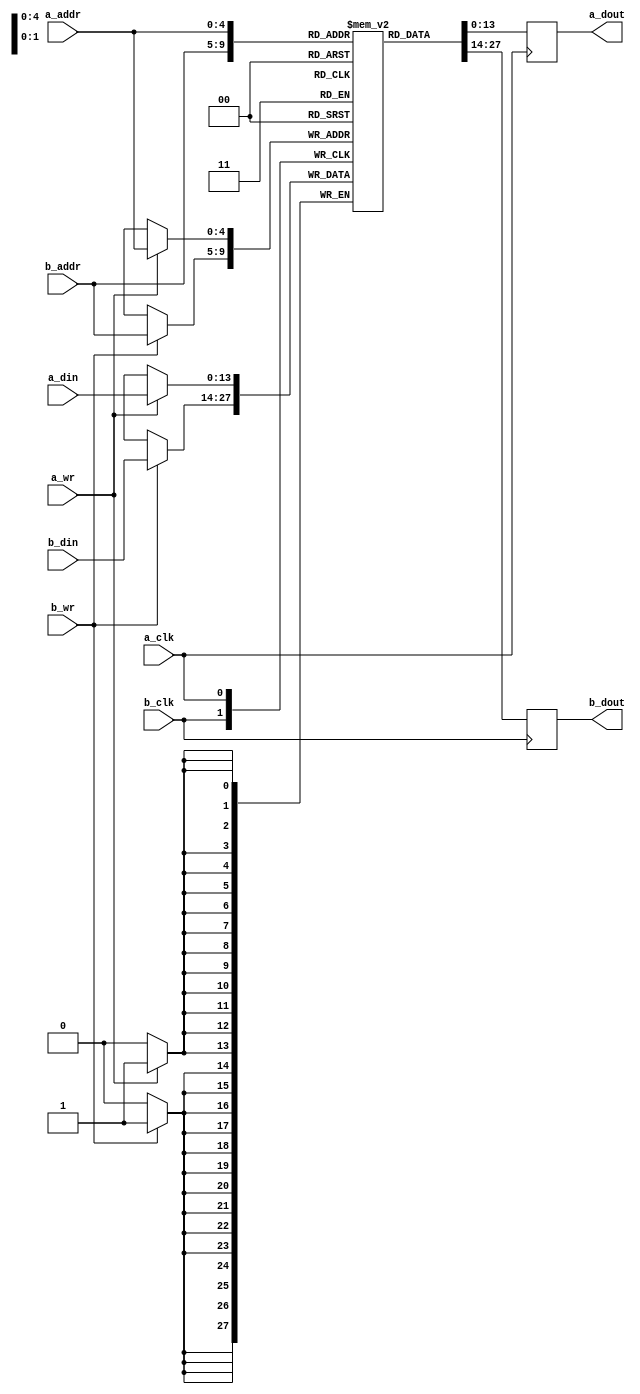
module tdp_ram_14_5
  (input  a_clk,
   input  a_wr,
   input  [4:0] a_addr,
   input  [13:0] a_din,
   input  b_clk,
   input  b_wr,
   input  [4:0] b_addr,
   input  [13:0] b_din,
   output [13:0] a_dout,
   output [13:0] b_dout);
  reg [13:0] n200_data; // mem_rd
  reg [13:0] n203_data; // mem_rd
  assign a_dout = n203_data;
  assign b_dout = n200_data;
  /* mem/tdp_ram.vhd:57:5  */
  reg [13:0] mem[31:0] ; // memory
  initial begin
    mem[31] = 14'b00000000000000;
    mem[30] = 14'b00000000000000;
    mem[29] = 14'b00000000000000;
    mem[28] = 14'b00000000000000;
    mem[27] = 14'b00000000000000;
    mem[26] = 14'b00000000000000;
    mem[25] = 14'b00000000000000;
    mem[24] = 14'b00000000000000;
    mem[23] = 14'b00000000000000;
    mem[22] = 14'b00000000000000;
    mem[21] = 14'b00000000000000;
    mem[20] = 14'b00000000000000;
    mem[19] = 14'b00000000000000;
    mem[18] = 14'b00000000000000;
    mem[17] = 14'b00000000000000;
    mem[16] = 14'b00000000000000;
    mem[15] = 14'b00000000000000;
    mem[14] = 14'b00000000000000;
    mem[13] = 14'b00000000000000;
    mem[12] = 14'b00000000000000;
    mem[11] = 14'b00000000000000;
    mem[10] = 14'b00000000000000;
    mem[9] = 14'b00000000000000;
    mem[8] = 14'b00000000000000;
    mem[7] = 14'b00000000000000;
    mem[6] = 14'b00000000000000;
    mem[5] = 14'b00000000000000;
    mem[4] = 14'b00000000000000;
    mem[3] = 14'b00000000000000;
    mem[2] = 14'b00000000000000;
    mem[1] = 14'b00000000000000;
    mem[0] = 14'b00000000000000;
    end
  always @(posedge b_clk)
    if (b_wr)
      mem[b_addr] <= b_din;
  always @(posedge b_clk)
    if (1'b1)
      n200_data <= mem[b_addr];
  always @(posedge a_clk)
    if (a_wr)
      mem[a_addr] <= a_din;
  always @(posedge a_clk)
    if (1'b1)
      n203_data <= mem[a_addr];
  /* mem/tdp_ram.vhd:104:17  */
  /* mem/tdp_ram.vhd:88:17  */
  /* mem/tdp_ram.vhd:103:9  */
endmodule

module irq_fifo
  (input  clk,
   input  reset,
   input  [13:0] config_addr,
   input  config_en,
   input  config_wr,
   input  [31:0] config_wdata,
   input  sel,
   input  irq_data_fifo_data_valid,
   input  irq_irq_fifo_data_valid,
   input  [13:0] irq_data_fifo_data,
   output [31:0] config_slv_rdata,
   output config_slv_error,
   output irq_irq_sig,
   output irq_data_sig);
  wire [47:0] n0_o;
  wire [31:0] n2_o;
  wire n3_o;
  wire irq_not_empty;
  wire data_not_empty;
  wire next_error;
  wire irq_read;
  wire data_read;
  wire irq_not_full;
  wire data_not_full;
  wire [4:0] data_w_ptr;
  wire [4:0] data_r_ptr;
  wire [4:0] irq_w_ptr;
  wire [4:0] irq_r_ptr;
  wire [4:0] w_ptr;
  wire [4:0] r_ptr;
  wire [13:0] w_data;
  wire n8_o;
  wire n9_o;
  wire n12_o;
  wire n13_o;
  wire [4:0] n17_o;
  wire n18_o;
  wire n20_o;
  wire n22_o;
  wire n23_o;
  wire n24_o;
  wire n25_o;
  wire [4:0] n29_o;
  wire n30_o;
  wire n32_o;
  wire n34_o;
  wire n35_o;
  wire n36_o;
  wire n37_o;
  wire n39_o;
  wire [4:0] n40_o;
  wire n43_o;
  wire n44_o;
  wire n45_o;
  wire n46_o;
  wire [10:0] n47_o;
  wire n49_o;
  wire n51_o;
  wire [1:0] n52_o;
  reg n55_o;
  reg n58_o;
  reg n61_o;
  reg [4:0] n62_o;
  wire n64_o;
  wire n66_o;
  wire n68_o;
  wire [4:0] n69_o;
  wire n71_o;
  wire n74_o;
  wire n77_o;
  wire n79_o;
  wire n81_o;
  wire n82_o;
  wire n83_o;
  localparam n85_o = 1'b0;
  localparam [13:0] n86_o = 14'b00000000000000;
  wire [13:0] tdpram_n87;
  wire [13:0] tdpram_a_dout;
  wire [13:0] tdpram_b_dout;
  wire n94_o;
  wire n96_o;
  wire [4:0] n98_o;
  wire [4:0] n100_o;
  wire [4:0] n101_o;
  wire [4:0] n103_o;
  reg [4:0] n106_q;
  wire n110_o;
  wire n112_o;
  wire [4:0] n114_o;
  wire [4:0] n116_o;
  wire [4:0] n117_o;
  wire [4:0] n119_o;
  reg [4:0] n122_q;
  wire n126_o;
  wire n128_o;
  wire [4:0] n130_o;
  wire [4:0] n132_o;
  wire [4:0] n133_o;
  wire [4:0] n135_o;
  reg [4:0] n138_q;
  wire n142_o;
  wire n144_o;
  wire [4:0] n146_o;
  wire [4:0] n148_o;
  wire [4:0] n149_o;
  wire [4:0] n151_o;
  reg [4:0] n154_q;
  wire n159_o;
  reg n163_q;
  wire [32:0] n164_o;
  assign config_slv_rdata = n2_o;
  assign config_slv_error = n3_o;
  assign irq_irq_sig = irq_not_empty;
  assign irq_data_sig = data_not_empty;
  assign n0_o = {config_wdata, config_wr, config_en, config_addr};
  assign n2_o = n164_o[31:0];
  assign n3_o = n164_o[32];
  /* ni/irq_fifo.vhd:94:16  */
  assign irq_not_empty = n9_o; // (signal)
  /* ni/irq_fifo.vhd:94:31  */
  assign data_not_empty = n13_o; // (signal)
  /* ni/irq_fifo.vhd:94:47  */
  assign next_error = n71_o; // (signal)
  /* ni/irq_fifo.vhd:94:59  */
  assign irq_read = n74_o; // (signal)
  /* ni/irq_fifo.vhd:94:69  */
  assign data_read = n77_o; // (signal)
  /* ni/irq_fifo.vhd:94:80  */
  assign irq_not_full = n25_o; // (signal)
  /* ni/irq_fifo.vhd:94:94  */
  assign data_not_full = n37_o; // (signal)
  /* ni/irq_fifo.vhd:95:16  */
  assign data_w_ptr = n122_q; // (signal)
  /* ni/irq_fifo.vhd:95:28  */
  assign data_r_ptr = n154_q; // (signal)
  /* ni/irq_fifo.vhd:95:40  */
  assign irq_w_ptr = n106_q; // (signal)
  /* ni/irq_fifo.vhd:95:51  */
  assign irq_r_ptr = n138_q; // (signal)
  /* ni/irq_fifo.vhd:95:62  */
  assign w_ptr = n40_o; // (signal)
  /* ni/irq_fifo.vhd:95:69  */
  assign r_ptr = n69_o; // (signal)
  /* ni/irq_fifo.vhd:96:16  */
  assign w_data = irq_data_fifo_data; // (signal)
  /* ni/irq_fifo.vhd:106:46  */
  assign n8_o = irq_w_ptr == irq_r_ptr;
  /* ni/irq_fifo.vhd:106:31  */
  assign n9_o = n8_o ? 1'b0 : 1'b1;
  /* ni/irq_fifo.vhd:107:47  */
  assign n12_o = data_w_ptr == data_r_ptr;
  /* ni/irq_fifo.vhd:107:31  */
  assign n13_o = n12_o ? 1'b0 : 1'b1;
  /* ni/irq_fifo.vhd:109:59  */
  assign n17_o = irq_r_ptr - 5'b00001;
  /* ni/irq_fifo.vhd:109:47  */
  assign n18_o = irq_w_ptr == n17_o;
  /* ni/irq_fifo.vhd:109:78  */
  assign n20_o = irq_w_ptr == 5'b01111;
  /* ni/irq_fifo.vhd:109:146  */
  assign n22_o = irq_r_ptr == 5'b00000;
  /* ni/irq_fifo.vhd:109:132  */
  assign n23_o = n20_o & n22_o;
  /* ni/irq_fifo.vhd:109:64  */
  assign n24_o = n18_o | n23_o;
  /* ni/irq_fifo.vhd:109:30  */
  assign n25_o = n24_o ? 1'b0 : 1'b1;
  /* ni/irq_fifo.vhd:110:61  */
  assign n29_o = data_r_ptr + 5'b00001;
  /* ni/irq_fifo.vhd:110:48  */
  assign n30_o = data_w_ptr == n29_o;
  /* ni/irq_fifo.vhd:110:81  */
  assign n32_o = data_w_ptr == 5'b10000;
  /* ni/irq_fifo.vhd:110:151  */
  assign n34_o = data_r_ptr == 5'b11111;
  /* ni/irq_fifo.vhd:110:136  */
  assign n35_o = n32_o & n34_o;
  /* ni/irq_fifo.vhd:110:66  */
  assign n36_o = n30_o | n35_o;
  /* ni/irq_fifo.vhd:110:30  */
  assign n37_o = n36_o ? 1'b0 : 1'b1;
  /* ni/irq_fifo.vhd:113:59  */
  assign n39_o = ~irq_data_fifo_data_valid;
  /* ni/irq_fifo.vhd:113:29  */
  assign n40_o = n39_o ? irq_w_ptr : data_w_ptr;
  /* ni/irq_fifo.vhd:123:42  */
  assign n43_o = n0_o[14];
  /* ni/irq_fifo.vhd:123:31  */
  assign n44_o = sel & n43_o;
  /* ni/irq_fifo.vhd:125:35  */
  assign n45_o = n0_o[15];
  /* ni/irq_fifo.vhd:125:38  */
  assign n46_o = ~n45_o;
  /* ni/irq_fifo.vhd:126:50  */
  assign n47_o = n0_o[10:0];
  /* ni/irq_fifo.vhd:128:11  */
  assign n49_o = n47_o == 11'b00000000000;
  /* ni/irq_fifo.vhd:132:11  */
  assign n51_o = n47_o == 11'b00000000001;
  assign n52_o = {n51_o, n49_o};
  /* ni/irq_fifo.vhd:126:33  */
  always @*
    case (n52_o)
      2'b10: n55_o <= 1'b0;
      2'b01: n55_o <= 1'b0;
      default: n55_o <= 1'b1;
    endcase
  /* ni/irq_fifo.vhd:126:33  */
  always @*
    case (n52_o)
      2'b10: n58_o <= 1'b0;
      2'b01: n58_o <= 1'b1;
      default: n58_o <= 1'b0;
    endcase
  /* ni/irq_fifo.vhd:126:33  */
  always @*
    case (n52_o)
      2'b10: n61_o <= 1'b1;
      2'b01: n61_o <= 1'b0;
      default: n61_o <= 1'b0;
    endcase
  /* ni/irq_fifo.vhd:126:33  */
  always @*
    case (n52_o)
      2'b10: n62_o <= data_r_ptr;
      2'b01: n62_o <= irq_r_ptr;
      default: n62_o <= data_r_ptr;
    endcase
  /* ni/irq_fifo.vhd:125:25  */
  assign n64_o = n46_o ? n55_o : 1'b1;
  /* ni/irq_fifo.vhd:125:25  */
  assign n66_o = n46_o ? n58_o : 1'b0;
  /* ni/irq_fifo.vhd:125:25  */
  assign n68_o = n46_o ? n61_o : 1'b0;
  /* ni/irq_fifo.vhd:123:17  */
  assign n69_o = n79_o ? n62_o : data_r_ptr;
  /* ni/irq_fifo.vhd:123:17  */
  assign n71_o = n44_o ? n64_o : 1'b0;
  /* ni/irq_fifo.vhd:123:17  */
  assign n74_o = n44_o ? n66_o : 1'b0;
  /* ni/irq_fifo.vhd:123:17  */
  assign n77_o = n44_o ? n68_o : 1'b0;
  /* ni/irq_fifo.vhd:123:17  */
  assign n79_o = n44_o & n46_o;
  /* ni/irq_fifo.vhd:154:60  */
  assign n81_o = irq_irq_fifo_data_valid & irq_not_full;
  /* ni/irq_fifo.vhd:154:108  */
  assign n82_o = irq_data_fifo_data_valid & data_not_full;
  /* ni/irq_fifo.vhd:154:79  */
  assign n83_o = n81_o | n82_o;
  /* ni/irq_fifo.vhd:164:35  */
  assign tdpram_n87 = tdpram_b_dout; // (signal)
  /* ni/irq_fifo.vhd:146:9  */
  tdp_ram_14_5 tdpram (
    .a_clk(clk),
    .a_wr(n83_o),
    .a_addr(w_ptr),
    .a_din(w_data),
    .b_clk(clk),
    .b_wr(n85_o),
    .b_addr(r_ptr),
    .b_din(n86_o),
    .a_dout(),
    .b_dout(tdpram_b_dout));
  /* ni/irq_fifo.vhd:173:57  */
  assign n94_o = irq_irq_fifo_data_valid & irq_not_full;
  /* ni/irq_fifo.vhd:174:47  */
  assign n96_o = irq_w_ptr == 5'b01111;
  /* ni/irq_fifo.vhd:177:64  */
  assign n98_o = irq_w_ptr + 5'b00001;
  /* ni/irq_fifo.vhd:174:33  */
  assign n100_o = n96_o ? 5'b00000 : n98_o;
  /* ni/irq_fifo.vhd:173:25  */
  assign n101_o = n94_o ? n100_o : irq_w_ptr;
  /* ni/irq_fifo.vhd:171:25  */
  assign n103_o = reset ? 5'b00000 : n101_o;
  /* ni/irq_fifo.vhd:170:17  */
  always @(posedge clk)
    n106_q <= n103_o;
  /* ni/irq_fifo.vhd:189:58  */
  assign n110_o = irq_data_fifo_data_valid & data_not_full;
  /* ni/irq_fifo.vhd:190:48  */
  assign n112_o = data_w_ptr == 5'b10000;
  /* ni/irq_fifo.vhd:193:66  */
  assign n114_o = data_w_ptr - 5'b00001;
  /* ni/irq_fifo.vhd:190:33  */
  assign n116_o = n112_o ? 5'b11111 : n114_o;
  /* ni/irq_fifo.vhd:189:25  */
  assign n117_o = n110_o ? n116_o : data_w_ptr;
  /* ni/irq_fifo.vhd:187:25  */
  assign n119_o = reset ? 5'b11111 : n117_o;
  /* ni/irq_fifo.vhd:186:17  */
  always @(posedge clk)
    n122_q <= n119_o;
  /* ni/irq_fifo.vhd:205:49  */
  assign n126_o = irq_read & irq_not_empty;
  /* ni/irq_fifo.vhd:206:47  */
  assign n128_o = irq_r_ptr == 5'b01111;
  /* ni/irq_fifo.vhd:209:64  */
  assign n130_o = irq_r_ptr + 5'b00001;
  /* ni/irq_fifo.vhd:206:33  */
  assign n132_o = n128_o ? 5'b00000 : n130_o;
  /* ni/irq_fifo.vhd:205:25  */
  assign n133_o = n126_o ? n132_o : irq_r_ptr;
  /* ni/irq_fifo.vhd:203:25  */
  assign n135_o = reset ? 5'b00000 : n133_o;
  /* ni/irq_fifo.vhd:202:17  */
  always @(posedge clk)
    n138_q <= n135_o;
  /* ni/irq_fifo.vhd:221:50  */
  assign n142_o = data_read & data_not_empty;
  /* ni/irq_fifo.vhd:222:48  */
  assign n144_o = data_r_ptr == 5'b10000;
  /* ni/irq_fifo.vhd:225:66  */
  assign n146_o = data_r_ptr - 5'b00001;
  /* ni/irq_fifo.vhd:222:33  */
  assign n148_o = n144_o ? 5'b11111 : n146_o;
  /* ni/irq_fifo.vhd:221:25  */
  assign n149_o = n142_o ? n148_o : data_r_ptr;
  /* ni/irq_fifo.vhd:219:25  */
  assign n151_o = reset ? 5'b11111 : n149_o;
  /* ni/irq_fifo.vhd:218:17  */
  always @(posedge clk)
    n154_q <= n151_o;
  /* ni/irq_fifo.vhd:234:25  */
  assign n159_o = reset ? 1'b0 : next_error;
  /* ni/irq_fifo.vhd:233:17  */
  always @(posedge clk)
    n163_q <= n159_o;
  /* ni/irq_fifo.vhd:233:17  */
  assign n164_o = {n163_q, 18'b000000000000000000, tdpram_n87};
endmodule